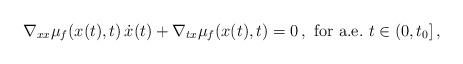
LaTeX: \begin{align*} \nabla_{xx}\mu_f(x(t),t)\,\dot{x}(t) + \nabla_{tx}\mu_{f}(x(t),t) = 0\,,\hbox{ for a.e.\ } t\in(0,t_0]\,,\end{align*}